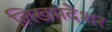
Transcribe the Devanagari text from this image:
लिखमदेशर